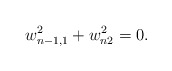
\begin{align*}w_{n-1,1}^2+w_{n2}^2=0.\end{align*}